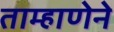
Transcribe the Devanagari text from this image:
ताम्हाणेने